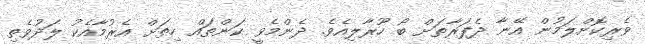
ވެރިކޮށްލަމުން އޭނާ ދެފަރާތަށް ބޯ ހޫރާލިއެވެ. ދެންމެވީ ކަންތައް ހިތަށް އެރުމާއެކު ލަދުވެތި